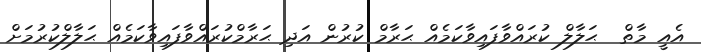
އެއީ މާތް  ޙަލާލް ކުރައްވާފައިވާކަމެއް ޙަރާމް ކުރުން އަދި ޙަރާމްކުރައްވާފައިވާކަމެއް ޙަލާލްކުރުމަށް